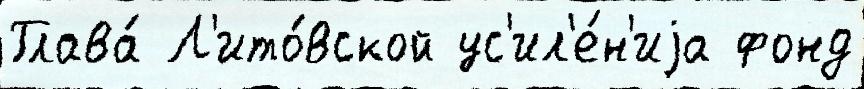
Глава́ Л'ито́вской ус'ил'е́н'иjа фонд